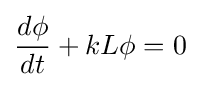
{\frac {d\phi }{dt}}+kL\phi =0